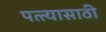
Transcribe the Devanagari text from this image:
पत्त्यासाठी